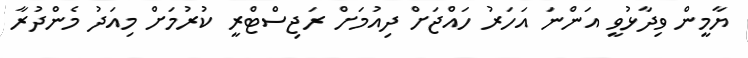
ޔާމީން ވިދާޅުވީ އަންނަ އަހަރު ހައްޖަށް ދިއުމަށް ރަޖިސްޓްރީ ކުރުމަށް މިއަދު މެންދުރާ